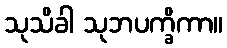
သုသိခါ သုဘပက္ခိကာ။